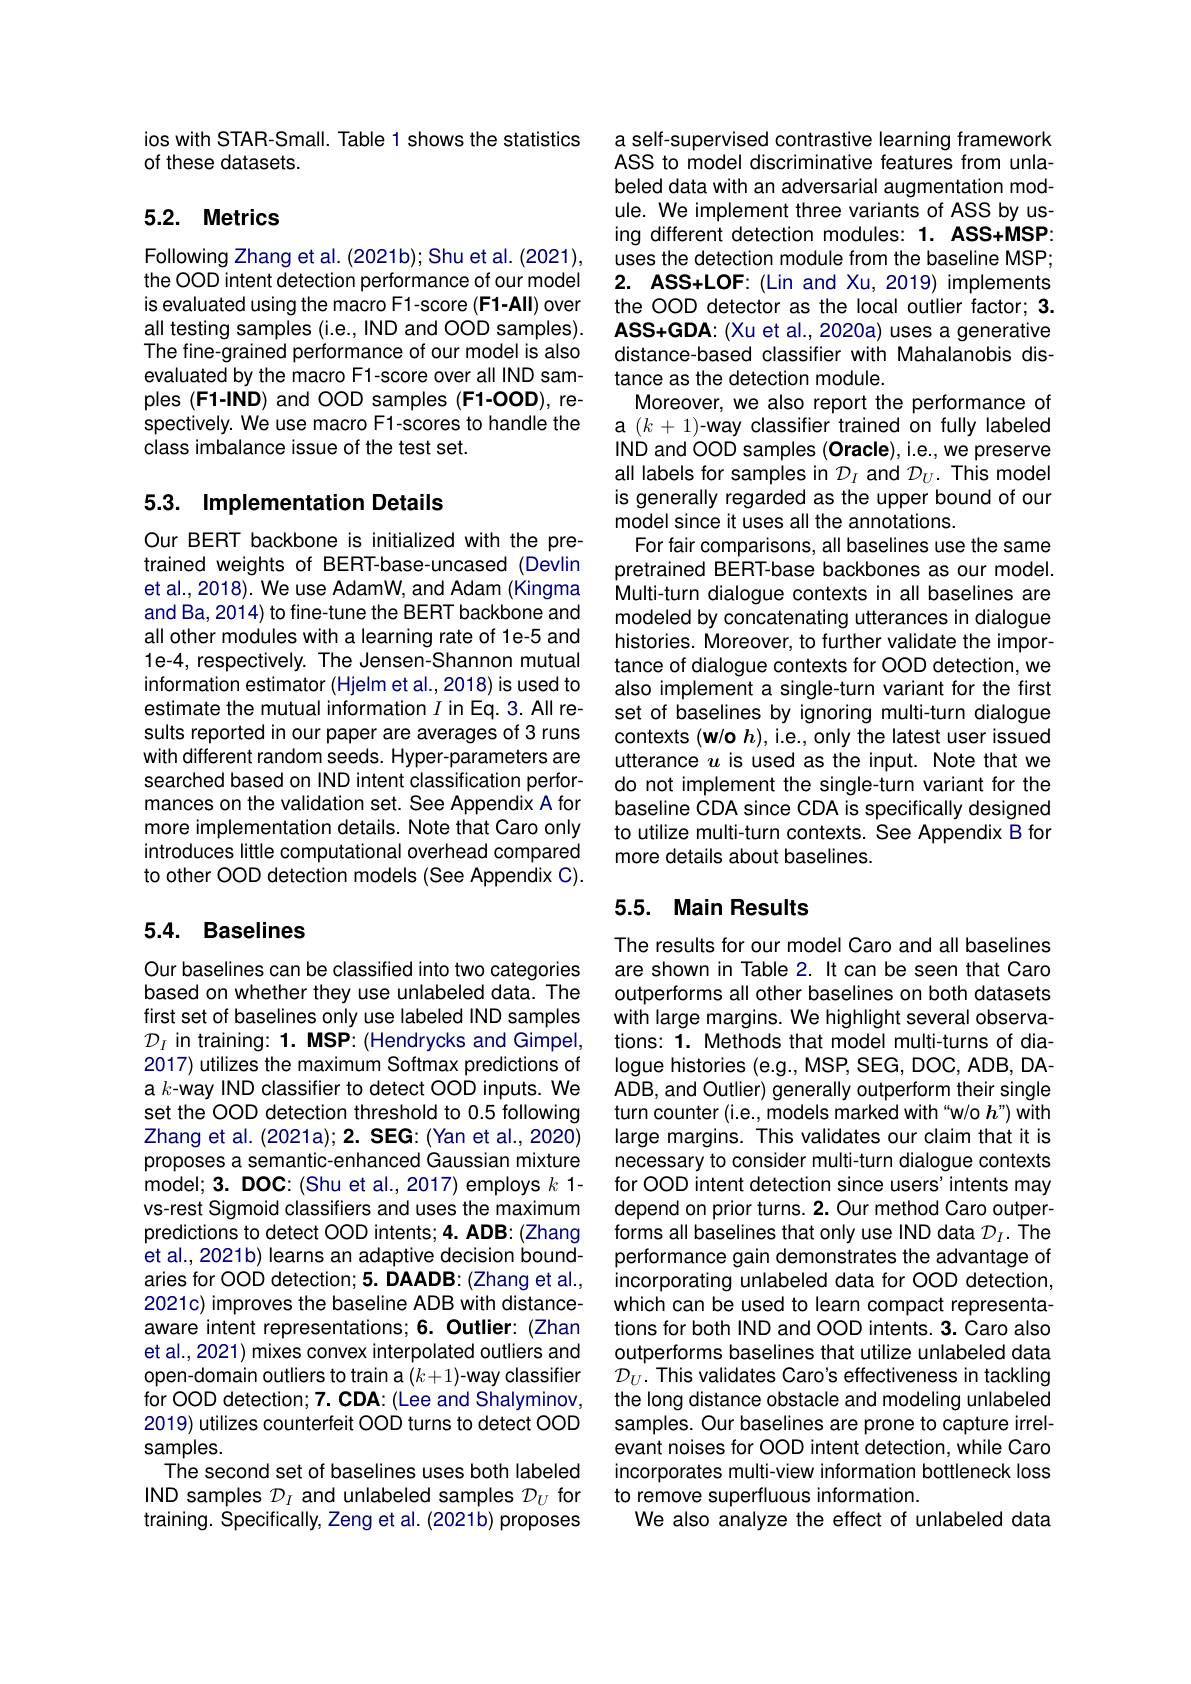
ios with STAR-Small. Table 1 shows the statistics
of these datasets.

## 5.2. Metrics

Following Zhang et al. (2021b); Shu et al. (2021), the OOD intent detection performance of our model is evaluated using the macro F1-score (F1-All) over all testing samples (i.e., IND and OOD samples). The fine-grained performance of our model is also evaluated by the macro F1-score over all IND samples (F1-IND) and OOD samples (F1-OOD), respectively. We use macro F1-scores to handle the class imbalance issue of the test set.

## 5.3. Implementation Details

Our BERT backbone is initialized with the pretrained weights of BERT-base-uncased (Devlin et al., 2018). We use AdamW, and Adam (Kingma and Ba, 2014) to fine-tune the BERT backbone and all other modules with a learning rate of 1e-5 and 1e-4, respectively. The Jensen-Shannon mutual information estimator (Hjelm et al.,2018) is used to estimate the mutual information $I$ in Eq.3. All results reported in our paper are averages of 3 runs with different random seeds. Hyper-parameters are searched based on IND intent classification performances on the validation set. See Appendix A for more implementation details. Note that Caro only introduces little computational overhead compared to other OOD detection models (See Appendix C).

## 5.4. Baselines

Our baselines can be classified into two categories based on whether they use unlabeled data. The first set of baselines only use labeled IND samples $\mathcal{D}_I$ in training: 1. MSP: (Hendrycks and Gimpel, 2017) utilizes the maximum Softmax predictions of a k-way IND classifier to detect OOD inputs. We set the OOD detection threshold to 0.5 following Zhang et al. (2021a); 2. SEG: (Yan et al., 2020) proposes a semantic-enhanced Gaussian mixture model; 3. DOC: (Shu et al., 2017) employs $k$ 1- vs-rest Sigmoid classifiers and uses the maximum predictions to detect OOD intents; 4. ADB: (Zhang et al., 2021b) learns an adaptive decision boundaries for OOD detection; 5. DAADB: (Zhang et al., 2021c) improves the baseline ADB with distanceaware intent representations; 6. Outlier: (Zhan et al., 2021) mixes convex interpolated outliers and open-domain outliers to train a $(k+1)$-way classifier for OOD detection; 7. CDA: (Lee and Shalyminov, 2019) utilizes counterfeit OOD turns to detect OOD samples.
The second set of baselines uses both labeled IND samples $\mathcal{D}_I$ and unlabeled samples $\mathcal{D}_U$ for training. Specifically, Zeng et al. (2021b) proposes

a self-supervised contrastive learning framework ASS to model discriminative features from unlabeled data with an adversarial augmentation module. We implement three variants of ASS by using different detection modules: 1. ASS+MSP: uses the detection module from the baseline MSP; 2. ASS+LOF:(Lin and Xu, 2019) implements the OOD detector as the local outlier factor; 3. ASS+GDA: (Xu et al., 2020a) uses a generative distance-based classifier with Mahalanobis distance as the detection module.
Moreover, we also report the performance of a $(k+1)$-way classifier trained on fully labeled IND and OOD samples (Oracle), i.e., we preserve all labels for samples in $\mathcal{D}_I$ and $\mathcal{D}_U.$ This model is generally regarded as the upper bound of our model since it uses all the annotations.
For fair comparisons, all baselines use the same pretrained BERT-base backbones as our model. Multi-turn dialogue contexts in all baselines are modeled by concatenating utterances in dialogue histories. Moreover, to further validate the importance of dialogue contexts for OOD detection, we also implement a single-turn variant for the first set of baselines by ignoring multi-turn dialogue contexts (w/o $h)$, i.e., only the latest user issued utterance $u$ is used as the input. Note that we do not implement the single-turn variant for the baseline CDA since CDA is specifically designed to utilize multi-turn contexts. See Appendix B for more details about baselines.

## 5.5. Main Results

The results for our model Caro and all baselines are shown in Table 2. It can be seen that Caro outperforms all other baselines on both datasets with large margins. We highlight several observations: 1. Methods that model multi-turns of dialogue histories (e.g., MSP, SEG, DOC, ADB, DAADB, and Outlier) generally outperform their single turn counter (i.e., models marked with "w/o $h$") with large margins. This validates our claim that it is necessary to consider multi-turn dialogue contexts for OOD intent detection since users'intents may depend on prior turns. 2. Our method Caro outperforms all baselines that only use IND data $\mathcal{D}_I.$ The performance gain demonstrates the advantage of incorporating unlabeled data for OOD detection, which can be used to learn compact representations for both IND and OOD intents. 3. Caro also outperforms baselines that utilize unlabeled data $\mathcal{D}_{U}.$ This validates Caro's effectiveness in tackling the long distance obstacle and modeling unlabeled samples. Our baselines are prone to capture irrelevant noises for OOD intent detection, while Caro incorporates multi-view information bottleneck loss to remove superfluous information.
We also analyze the effect of unlabeled data